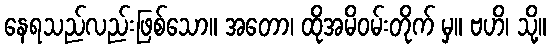
နေရသည်လည်းဖြစ်သော။ အတော၊ ထိုအမိဝမ်းတိုက် မှ။ ဗဟိ၊ သို့။